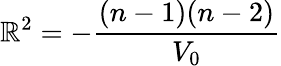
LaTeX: \mathbb{R}^{2}=-\frac{{(n-1)(n-2)}}{{V_{0}}}